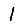
Digit: 1